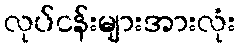
လုပ်ငန်းများအားလုံး